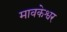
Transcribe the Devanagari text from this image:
मावकेश्वर